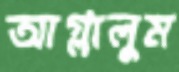
আগ্‌লালুম